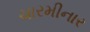
ચારમીનાર